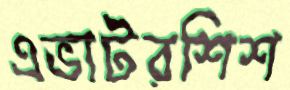
এভাটরশিশ